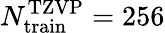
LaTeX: N_{\mathrm{train}}^{\mathrm{TZVP}}=256